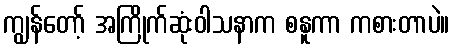
ကျွန်တော့် အကြိုက်ဆုံးဝါသနာက စနူကာ ကစားတာပဲ။